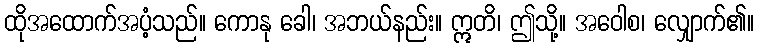
ထိုအထောက်အပံ့သည်။ ကောနု ခေါ၊ အဘယ်နည်း။ ဣတိ၊ ဤသို့။ အဝေါစ၊ လျှောက်၏။